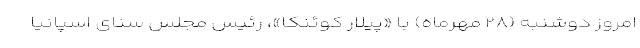
امروز دوشنبه (۲۸ مهرماه) با «پیلار کوئنکا»، رئیس مجلس سنای اسپانیا